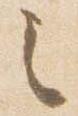
し